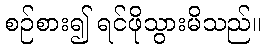
စဉ်စား၍ ရင်ဖိုသွားမိသည်။